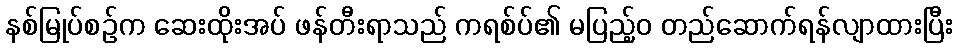
နစ်မြုပ်စဉ်က ဆေးထိုးအပ် ဖန်တီးရာသည် ကရစ်ပ်၏ မပြည့်ဝ တည်ဆောက်ရန်လျာထားပြီး